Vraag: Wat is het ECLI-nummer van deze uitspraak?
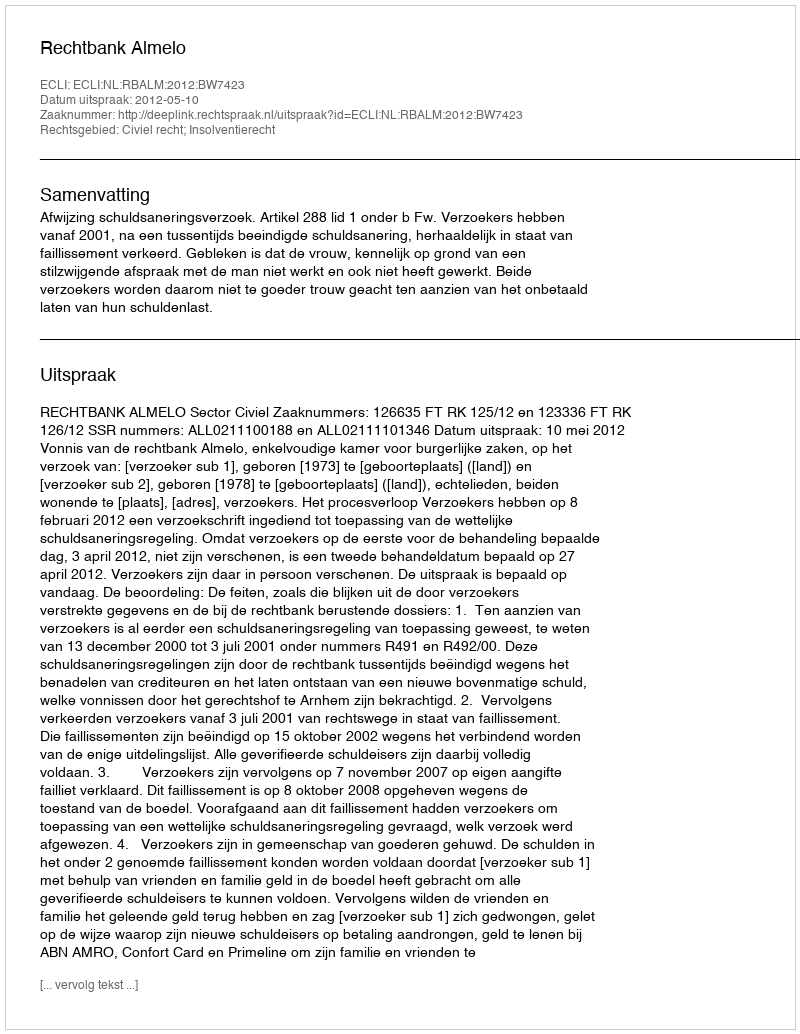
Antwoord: ECLI:NL:RBALM:2012:BW7423